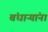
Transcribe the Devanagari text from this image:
बंधाऱ्यांना